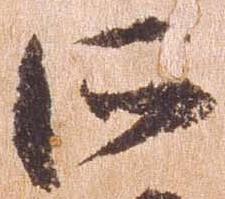
所